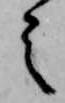
之